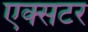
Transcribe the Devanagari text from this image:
एक्सटर